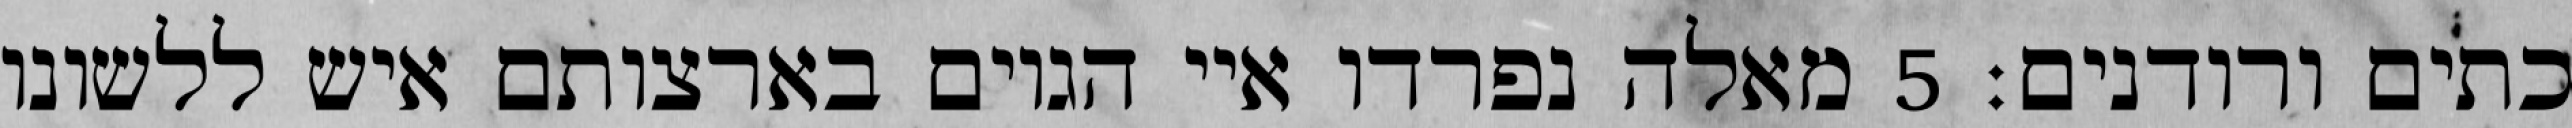
כתים ורודנים׃ ‎5‏ מאלה נפרדו איי הגוים בארצותם איש ללשונו